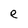
Character: e